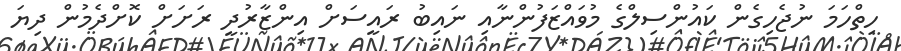
ހިތްހަމަ ނުޖެހިގެން ކައުންސިލްގެ މުވައްޒަފުންނާއި ނައިބު ރައީސަށް އިންޒާރުދީ ރަށަށް ކޮށްދެމުން ދިޔަ